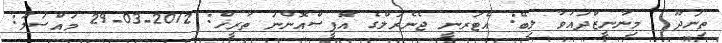
ތިނަދޫ  މިނާނީޒްދައުވާ ލިބޭ: އެޓަރނީ ޖެނެރަލްގެ އޮފީސްއޮންނަ ތާރީޚް: 2012-03-29 މައްސަލަ: